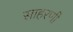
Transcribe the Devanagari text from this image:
साहरणी